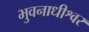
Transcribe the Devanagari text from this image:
भुवनाधीश्वर